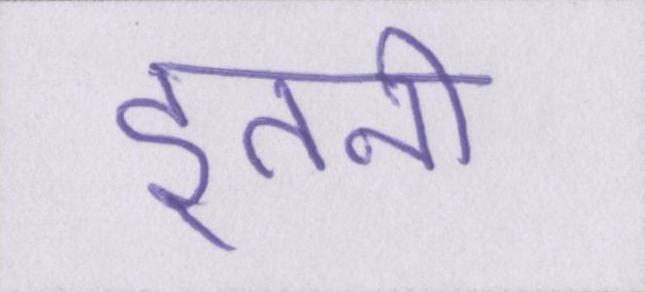
इतनी